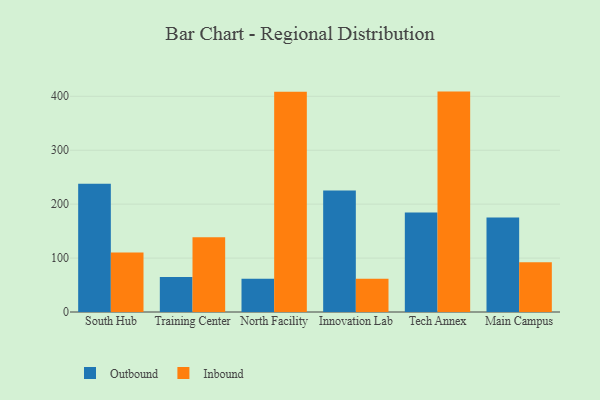
{"axis": {"x": "Campus", "y": "Energy Usage (MWh)"}, "legend": ["Inbound", "Outbound"], "data": [{"x": "South Hub", "y": 237.8, "type": "Outbound"}, {"x": "South Hub", "y": 110.5, "type": "Inbound"}, {"x": "Training Center", "y": 64.7, "type": "Outbound"}, {"x": "Training Center", "y": 138.8, "type": "Inbound"}, {"x": "North Facility", "y": 61.5, "type": "Outbound"}, {"x": "North Facility", "y": 408.3, "type": "Inbound"}, {"x": "Innovation Lab", "y": 225.1, "type": "Outbound"}, {"x": "Innovation Lab", "y": 61.6, "type": "Inbound"}, {"x": "Tech Annex", "y": 184.6, "type": "Outbound"}, {"x": "Tech Annex", "y": 408.7, "type": "Inbound"}, {"x": "Main Campus", "y": 175.1, "type": "Outbound"}, {"x": "Main Campus", "y": 92.4, "type": "Inbound"}]}